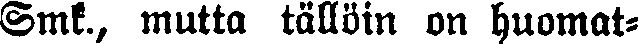
Smk., mutta tällöin on huomat-